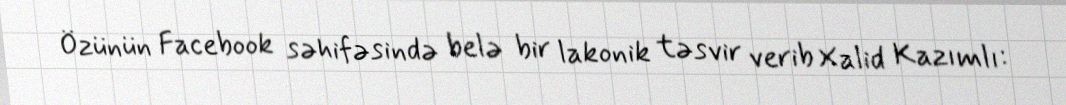
Özünün Facebook səhifəsində belə bir lakonik təsvir verib Xalid Kazımlı: